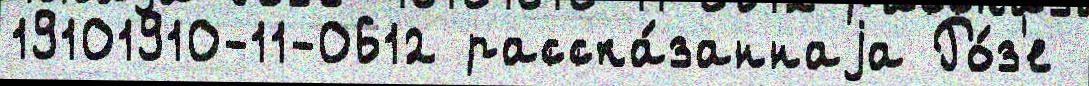
19101910-11-0612 расска́заннаjа Ро́з'е